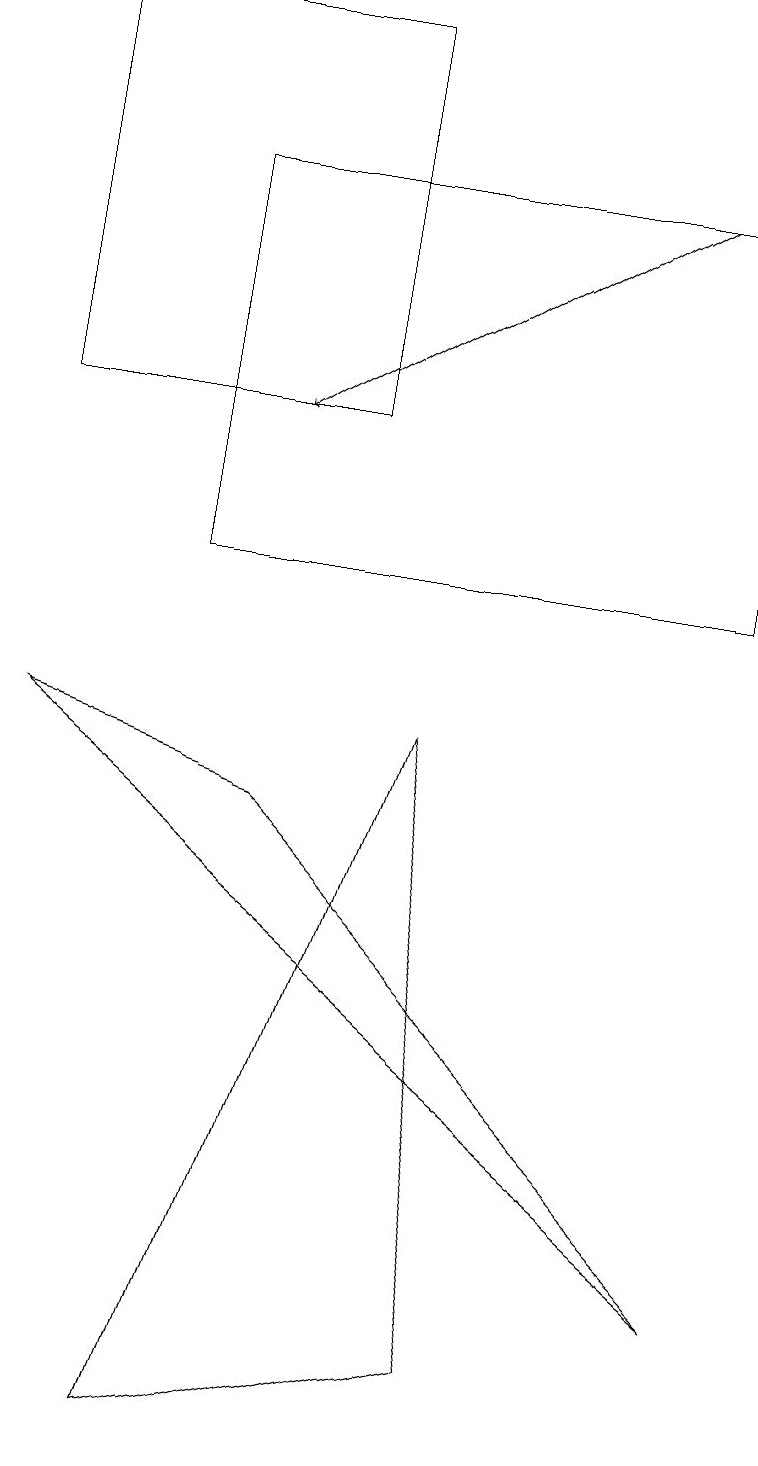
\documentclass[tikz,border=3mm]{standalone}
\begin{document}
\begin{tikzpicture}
\draw (5,9) -- (6,1) -- (2,0) -- cycle;
\draw (4,13) rectangle (0,18);
\draw[->] (8,16) -- (3,13);
\draw (0,9) -- (9,2) -- (3,8) -- cycle;
\draw (2,16) rectangle (9,11);
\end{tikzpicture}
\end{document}